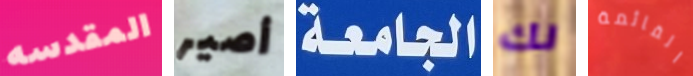
المقدسه أصير الجامعة لك القائمة